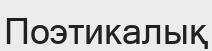
Поэтикалық